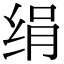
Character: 绢